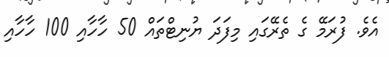
އެވެ. ފުރަމޭ ގެ ތެރޭގައި މިފަދަ ޔުނިޓްތައް 50 ހާހާއި 100 ހާހާއި